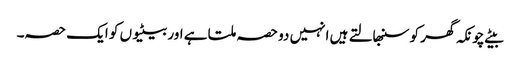
بیٹے چونکہ گھر کو سنبھالتے ہیں انہیں دو حصہ ملتا ہے اور بیٹیوں کو ایک حصہ۔